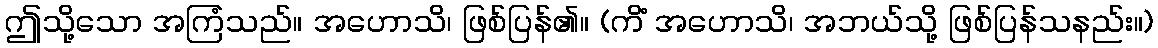
ဤသို့သော အကြံသည်။ အဟောသိ၊ ဖြစ်ပြန်၏။ (ကိံ အဟောသိ၊ အဘယ်သို့ ဖြစ်ပြန်သနည်း။)